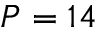
P = 1 4